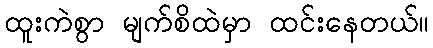
ထူးကဲစွာ မျက်စိထဲမှာ ထင်းနေတယ်။